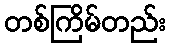
တစ်ကြိမ်တည်း